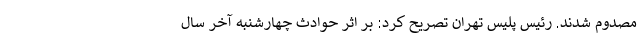
مصدوم شدند. رئیس پلیس تهران تصریح کرد: بر اثر حوادث چهارشنبه آخر سال